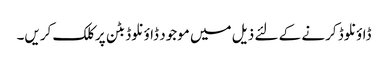
ڈاؤنلوڈ کرنے کے لئے ذیل میں موجود ڈاؤنلوڈ بٹن پر کلک کریں۔